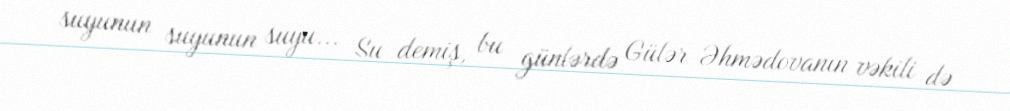
suyunun suyunun suyu... Su demiş, bu günlərdə Gülər Əhmədovanın vəkili də